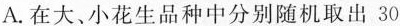
A.在大、小花生品种中分别随机取出30